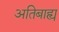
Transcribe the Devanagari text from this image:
अतिबाह्य